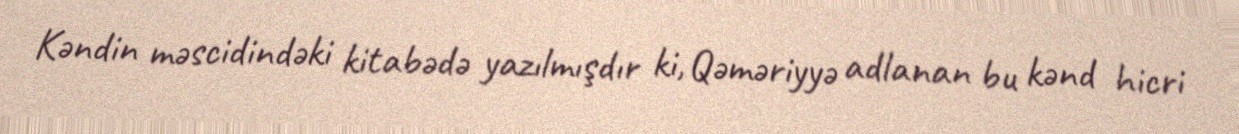
Kəndin məscidindəki kitabədə yazılmışdır ki, Qəməriyyə adlanan bu kənd hicri